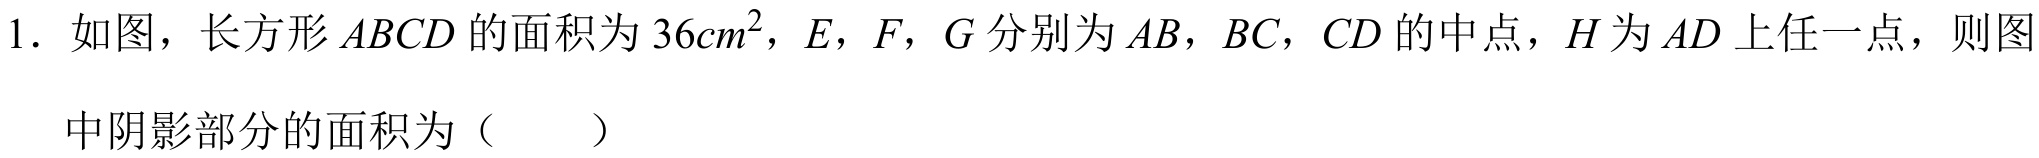
1. 如图，长方形 \(ABCD\) 的面积为 \(36cm^{2}\)，\(E\)，\(F\)，\(G\) 分别为 \(AB\)，\(BC\)，\(CD\) 的中点，\(H\) 为 \(AD\) 上任一点，则图中阴影部分的面积为（  ）